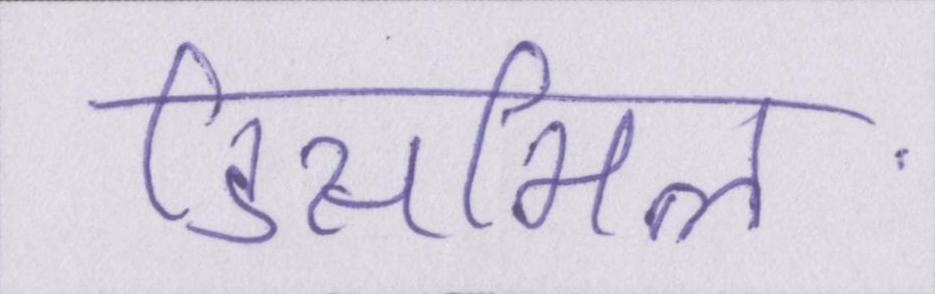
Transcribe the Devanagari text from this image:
डिसमिल